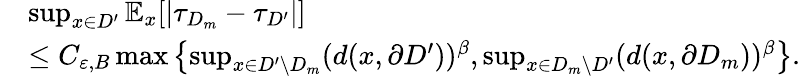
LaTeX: \begin{array}{rl}&{\operatorname*{sup}_{x\in D^{\prime}}\mathbb{E}_{x}[|\tau_{D_{m}}-\tau_{D^{\prime}}|]}\\ &{\le C_{\varepsilon,B}\operatorname*{max}\left\{ \operatorname*{sup}_{x\in D^{\prime}\setminus{D_{m}}}(d(x,\partial D^{\prime}))^{\beta},\operatorname*{sup}_{x\in D_{m}\setminus{D^{\prime}}}(d(x,\partial D_{m}))^{\beta}\right\} .}\end{array}